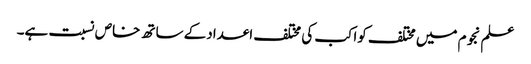
علم نجوم میں مختلف کواکب کی مختلف اعدادکے ساتھ خاص نسبت ہے۔